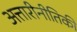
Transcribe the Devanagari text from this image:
अत्तारीनीतिकी